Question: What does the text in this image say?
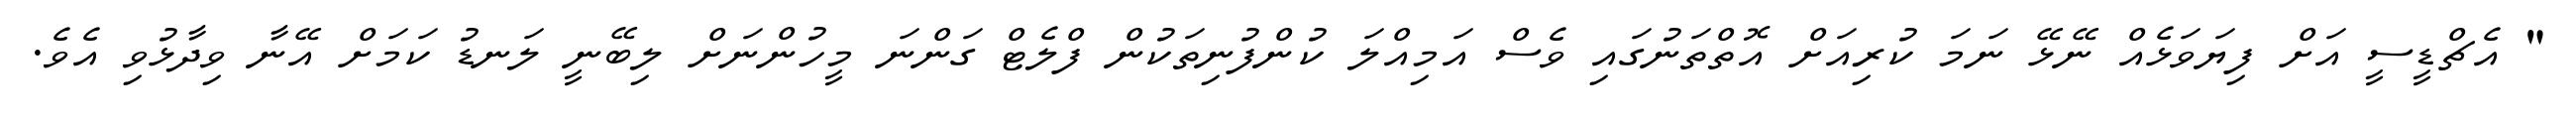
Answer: " އެޗްޑީސީ އަށް ފިޔަވަޅެއް ނޭޅޭ ނަމަ ކުރިއަށް އޮތްތަނުގައި ވެސް އަމިއްލަ ކުންފުނިތަކުން ފްލެޓް ގަންނަ މީހުންނަށް ލިބޭނީ ލަނޑު ކަމަށް އޭނާ ވިދާޅުވި އެވެ.